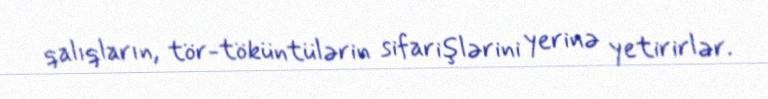
qalıqların, tör-töküntülərin sifarişlərini yerinə yetirirlər.